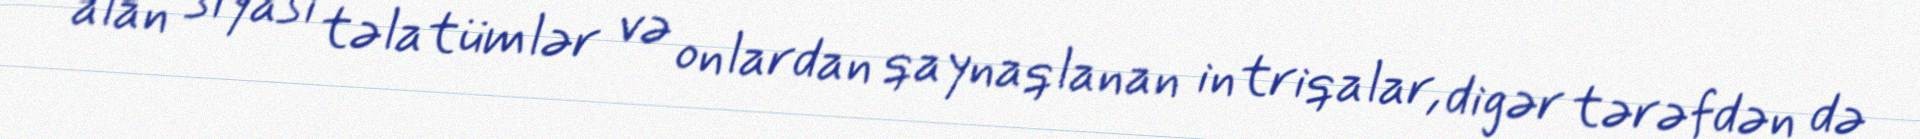
alan siyasi təlatümlər və onlardan qaynaqlanan intriqalar, digər tərəfdən də